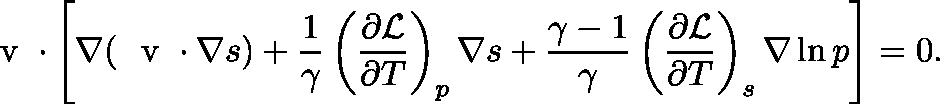
\ensuremath { \mathrm { ~ \boldmath ~ v ~ } } \cdot \left[ \nabla ( \ensuremath { \mathrm { ~ \boldmath ~ v ~ } } \cdot \nabla s ) + \frac { 1 } { \gamma } \left( \frac { \partial \mathcal { L } } { \partial T } \right) _ { p } \nabla s + \frac { \gamma - 1 } { \gamma } \left( \frac { \partial \mathcal { L } } { \partial T } \right) _ { s } \nabla \ln p \right] = 0 .